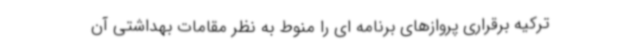
ترکیه برقراری پروازهای برنامه ای را منوط به نظر مقامات بهداشتی آن